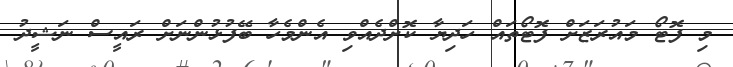
މި ފޮޓޯ މައުރަޒަށް ފޮޓޯތައް ހަދިޔާ ކޮށްދެއްވި އެންމެހާ ބޭފުޅުންނަށް ރައީސް ނަޝީދު